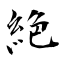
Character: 絕